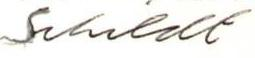
Schildt